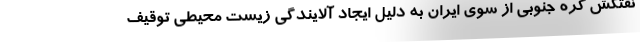
نفتکش کره جنوبی از سوی ایران به دلیل ایجاد آلایندگی زیست محیطی توقیف